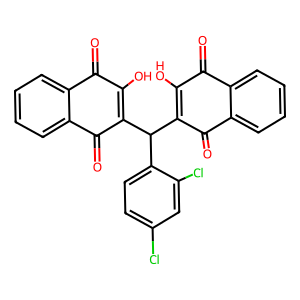
SMILES: O=C1C(O)=C(C(C2=C(O)C(=O)c3ccccc3C2=O)c2ccc(Cl)cc2Cl)C(=O)c2ccccc21
Inhibits HIV replication: No